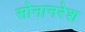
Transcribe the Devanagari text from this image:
सोनानरेश